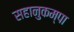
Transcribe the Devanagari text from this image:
सहानुकम्पा